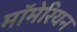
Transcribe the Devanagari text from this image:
मॉमेरियन